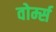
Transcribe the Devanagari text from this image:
वोर्म्स